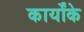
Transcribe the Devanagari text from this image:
कार्योंके